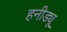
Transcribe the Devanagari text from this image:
हनीड्यू